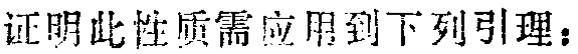
证明此性质需应用到下列引理：